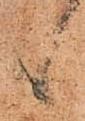
候